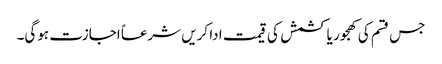
جس قسم کی کھجور یا کشمش کی قیمت ادا کریں شرعاً اجازت ہوگی۔